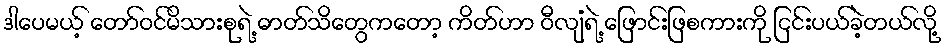
ဒါပေမယ့် တော်ဝင်မိသားစုရဲ့ ဓာတ်သိတွေကတော့ ကိတ်ဟာ ဝီလျံရဲ့ ဖြောင်းဖြစကားကို ငြင်းပယ်ခဲ့တယ်လို့